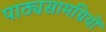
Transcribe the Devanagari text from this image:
पाठ्यसामग्रियों